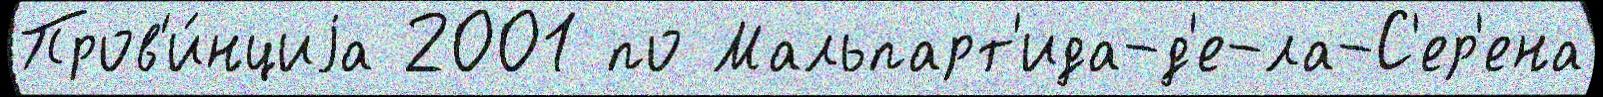
Пров'и́нциjа 2001 по Мальпарт'ида-д'е-ла-С'ер'ена